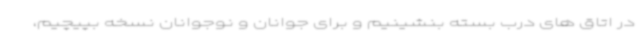
در اتاق های درب بسته بنشینیم و برای جوانان و نوجوانان نسخه بپیچیم،